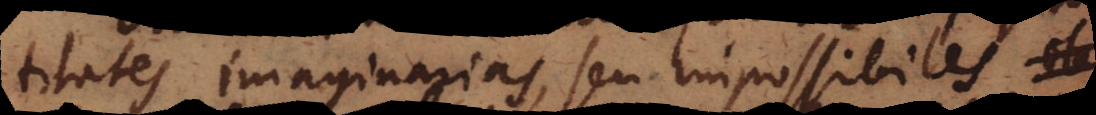
titates imaginarias, seu impossibiles